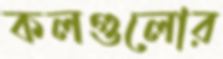
কলগুলোর